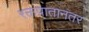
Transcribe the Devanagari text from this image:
रक्तपातानंतर